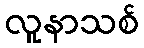
လူနာသစ်